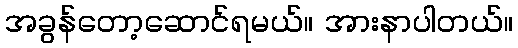
အခွန်တော့ဆောင်ရမယ်။ အားနာပါတယ်။